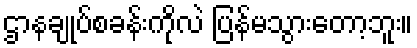
ဌာနချုပ်စခန်းကိုလဲ ပြန်မသွားတော့ဘူး။